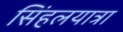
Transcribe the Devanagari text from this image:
सिंहलयात्रा